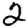
Digit: 2